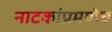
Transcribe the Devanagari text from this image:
नाटकांप्रमणेच